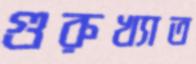
গুরুখ্যাত